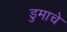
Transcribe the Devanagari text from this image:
डुमाचे